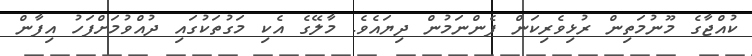
ކުއްޖާގެ މޫނުމަތިން ރުޅިވެރިކަން ފެންނަމުން ދިޔައެވެ. މާލޭގެ އެކި މަގުތަކުގައި ދުއްވުމަށްފަހު އިފާން